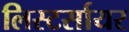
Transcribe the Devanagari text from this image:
लिस्टर्सायर